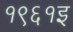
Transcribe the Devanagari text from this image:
१९६१इ